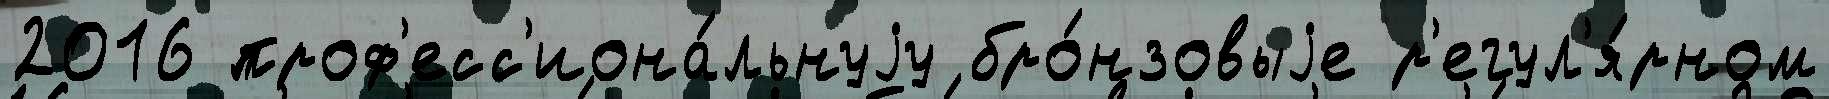
2016 проф'есс'иона́льнуjу бро́нзовыjе р'егул'я́рном